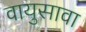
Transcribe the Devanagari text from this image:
वायुसावा